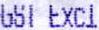
GST EXCL